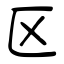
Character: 区